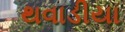
થવાડીયા